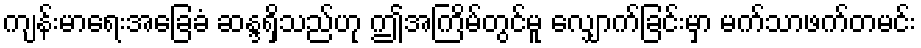
ကျန်းမာရေးအခြေခံ ဆန္ဒရှိသည်ဟု ဤအကြိမ်တွင်မူ လျှောက်ခြင်းမှာ မက်သာဖက်တမင်း